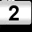
Digit: 2